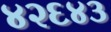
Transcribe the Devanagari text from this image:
४२६४३